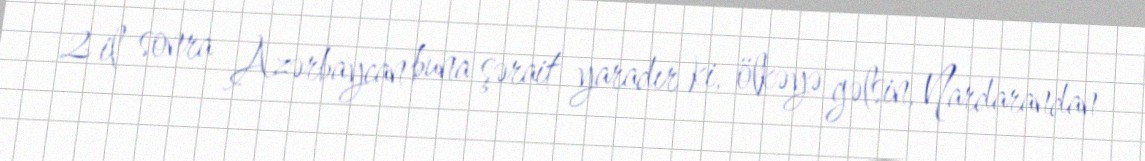
2 il sonra Azərbaycan buna şərait yaradır ki, ölkəyə gəlsin, Nardarandan